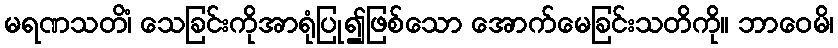
မရဏသတိံ၊ သေခြင်းကိုအာရုံပြု၍ဖြစ်သော အောက်မေခြင်းသတိကို။ ဘာဝေမိ၊